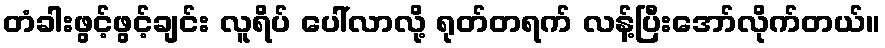
တံခါးဖွင့်ဖွင့်ချင်း လူရိပ် ပေါ်လာလို့ ရုတ်တရက် လန့်ပြီးအော်လိုက်တယ်။